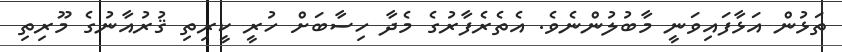
ތަޅުން އަޅާފައިވަނީ މާބުލުންނެވެ. އެތެރެފާރުގެ މެދާ ހިސާބަށް ހުރީ ކީރިތި ޤުރުއާނުގެ މޫރިތި